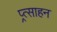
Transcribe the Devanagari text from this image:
प्र्त्साहन